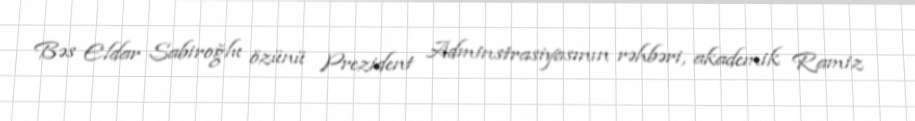
Bəs Eldar Sabiroğlu özünü Prezident Adminstrasiyasının rəhbəri, akademik Ramiz